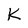
Character: K